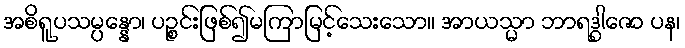
အစိရူပသမ္ပန္နော၊ ပဉ္စင်းဖြစ်၍မကြာမြင့်သေးသော။ အာယသ္မာ ဘာရဒွါဇော ပန၊